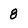
Character: 8